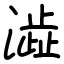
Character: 澁